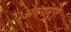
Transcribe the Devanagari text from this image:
अंतरामपुर